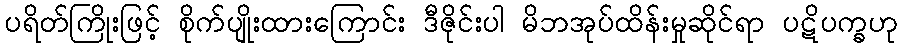
ပရိတ်ကြိုးဖြင့် စိုက်ပျိုးထားကြောင်း ဒီဇိုင်းပါ မိဘအုပ်ထိန်းမှုဆိုင်ရာ ပဋိပက္ခဟု